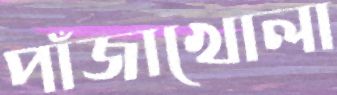
পাঁজাখোলা